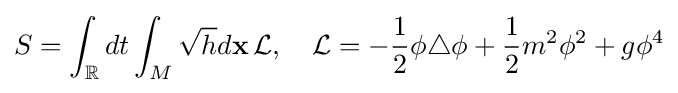
S=\int _{\mathbb {R} }dt\int _{M}{\sqrt {h}}d\mathbf {x} \,{\mathcal {L}},\quad {\mathcal {L}}=-{\frac {1}{2}}\phi \triangle \phi +{\frac {1}{2}}m^{2}\phi ^{2}+g\phi ^{4}